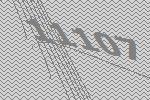
11107